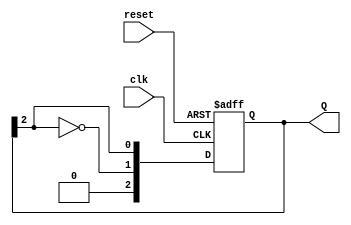
module JohnsonCounter #(parameter N = 3) (
    input wire clk,          // Clock signal
    input wire reset,        // Asynchronous reset signal
    output reg [N-1:0] Q     // Output state of the counter
);

    // Always block triggered on the rising edge of the clock or the reset signal
    always @(posedge clk or posedge reset) begin
        if (reset) begin
            // Asynchronous reset: set all flip-flops to 0
            Q <= 0;
        end else begin
            // Johnson counter state transition
            Q <= {~Q[N-1], Q[N-1:N-1]}; // Shift left and feed back inverted last bit
        end
    end

endmodule